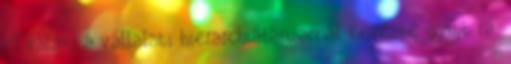
el valaki a vállalati hierarchiában, annál kevésbé gyújt rá.